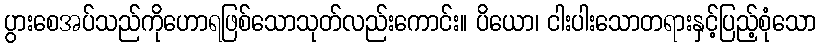
ပွားစေအပ်သည်ကိုဟောရဖြစ်သောသုတ်လည်းကောင်း။ ပိယော၊ ငါးပါးသောတရားနှင့်ပြည့်စုံသော